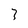
Character: 3